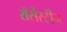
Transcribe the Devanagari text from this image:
रॉसेंस्टीन